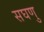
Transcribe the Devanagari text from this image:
सघणु